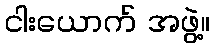
ငါးယောက် အဖွဲ့။